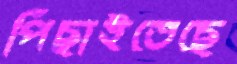
পিছাইতেছে